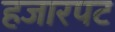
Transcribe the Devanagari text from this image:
हजारपट